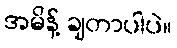
အမိန့် ချတာပါပဲ။